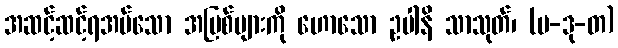
အဆင့်ဆင့်ရအပ်သော အပြစ်များကို ဟောသော ဥပါနိ သာသုတ်၊ (ပ-ဒု-တ)